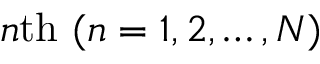
n \mathrm { t h } ~ ( n = 1 , 2 , \ldots , N )